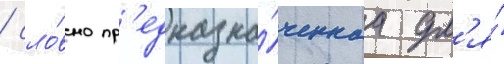
/ сло́вно пр'едназна́ченнаа дл'я́